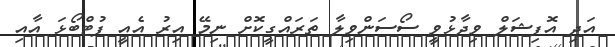
އަދި އޮފިޝަލް ވިދާޅުވީ ސޯސަންވިލާ ތަރައްގީކޮށް ނިމޭ އިރު އެއީ ފުޓްބޯޅަ އާއި